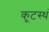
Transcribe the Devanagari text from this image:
कूटस्थं